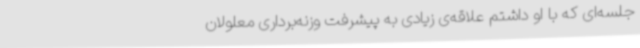
جلسه‌ای که با او داشتم علاقه‌ی زیادی به پیشرفت وزنه‌برداری معلولان